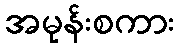
အမုန်းစကား